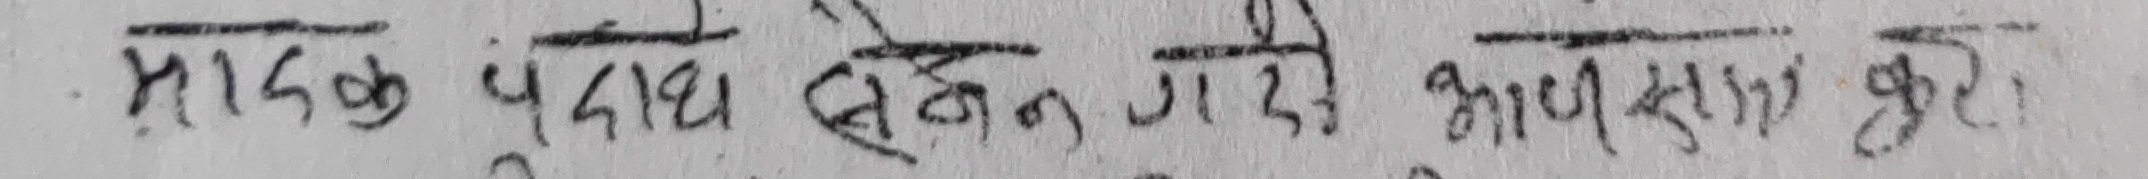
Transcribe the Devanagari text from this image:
मादक पदार्थ सेवन गरी आफुखुशी कुरा